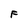
Character: F